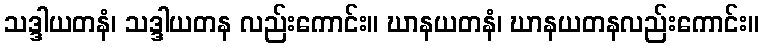
သဒ္ဒါယတနံ၊ သဒ္ဒါယတန လည်းကောင်း။ ဃာနယတနံ၊ ဃာနယတနလည်းကောင်း။